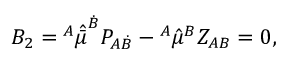
B _ { 2 } = { \l } ^ { A } \hat { \bar { \mu } } ^ { \dot { B } } P _ { A \dot { B } } - \l ^ { A } \hat { \mu } ^ { B } Z _ { A B } = 0 ,